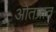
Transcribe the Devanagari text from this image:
ओतप्रात